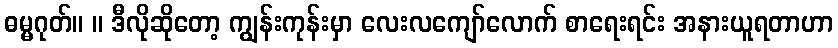
ဓမ္မဂုတ်။ ။ ဒီလိုဆိုတော့ ကျွန်းကုန်းမှာ လေးလကျော်လောက် စာရေးရင်း အနားယူရတာဟာ